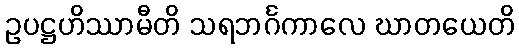
ဥပဋ္ဌဟိဿာမီတိ သရဘင်္ဂကာလေ ဃာတယေတိ